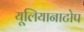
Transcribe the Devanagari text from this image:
यूलियानाटोप